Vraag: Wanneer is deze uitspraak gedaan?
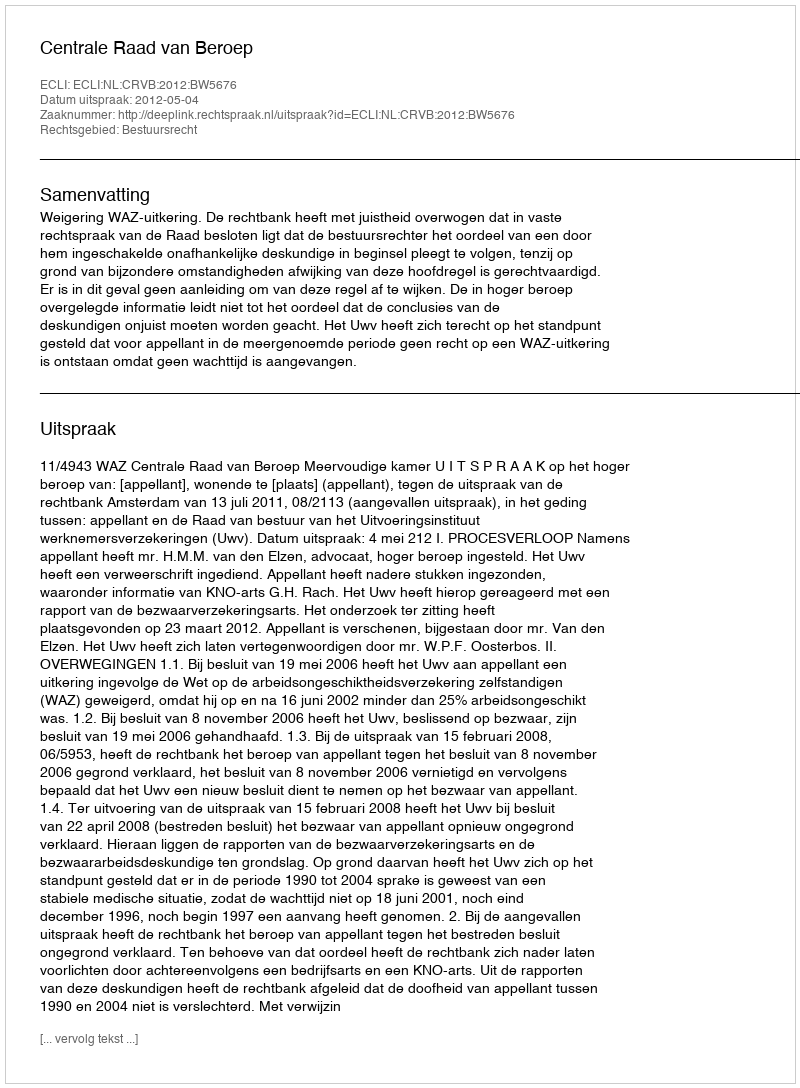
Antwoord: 2012-05-04